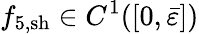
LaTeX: {f}_{5,\mathrm{sh}}\in C^{1}([0,\bar{\varepsilon}])